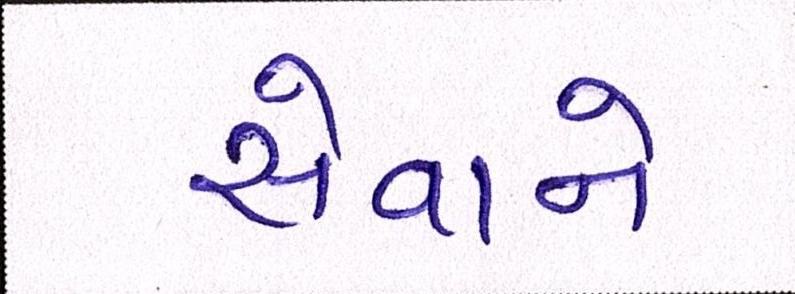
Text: સેવાને